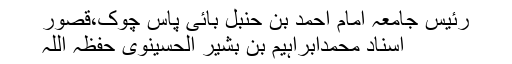
رئیس جامعہ امام احمد بن حنبل بائی پاس چوک،قصور
اسناد محمدابراہیم بن بشیر الحسینوی حفظہ اللہ